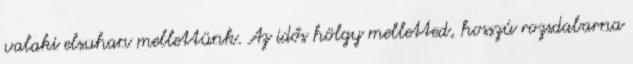
valaki elsuhan mellettünk. Az idős hölgy melletted, hosszú rozsdabarna